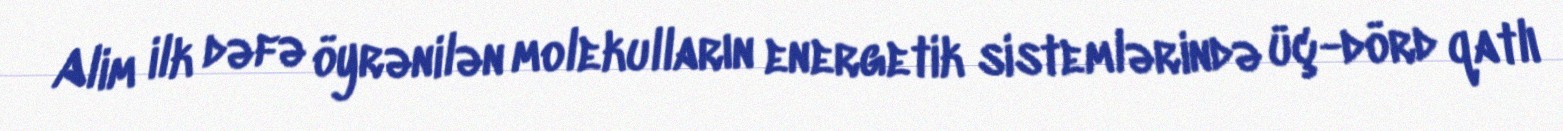
Alim ilk dəfə öyrənilən molekulların energetik sistemlərində üç-dörd qatlı